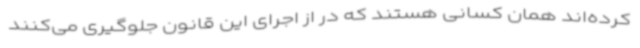
کرده‌اند همان کسانی هستند که در از اجرای این قانون جلوگیری می‌کنند